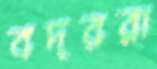
বদররা